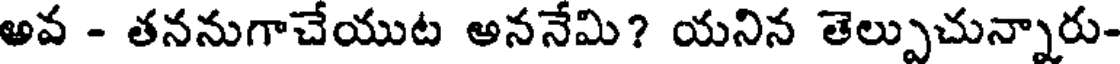
అవ - తననుగాచేయుట అననేమి? యనిన తెల్పుచున్నారు-